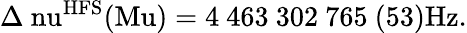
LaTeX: \mathrm{\Delta\ nu^{HFS}(Mu)=4~463~302~765~(53)Hz}.